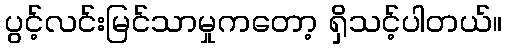
ပွင့်လင်းမြင်သာမှုကတော့ ရှိသင့်ပါတယ်။